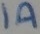
Text: 1A